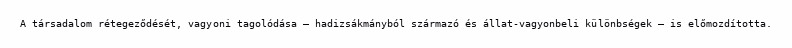
A társadalom rétegeződését, vagyoni tagolódása – hadizsákmányból származó és állat-vagyonbeli különbségek – is előmozdította.